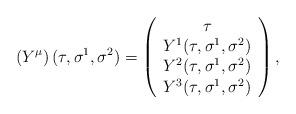
LaTeX: \begin{align*}\left( Y^{\mu}\right) (\tau,\sigma^1,\sigma^2) = \left( \begin{array}{c}\tau \\ Y^1(\tau,\sigma^1,\sigma^2) \\ Y^2(\tau,\sigma^1,\sigma^2) \\Y^3(\tau,\sigma^1,\sigma^2)\end{array} \right),\end{align*}